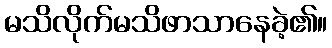
မသိလိုက်မသိဖာသာနေခဲ့၏။